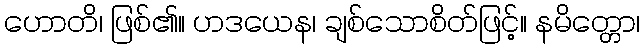
ဟောတိ၊ ဖြစ်၏။ ဟဒယေန၊ ချစ်သောစိတ်ဖြင့်။ နမိတ္တော၊